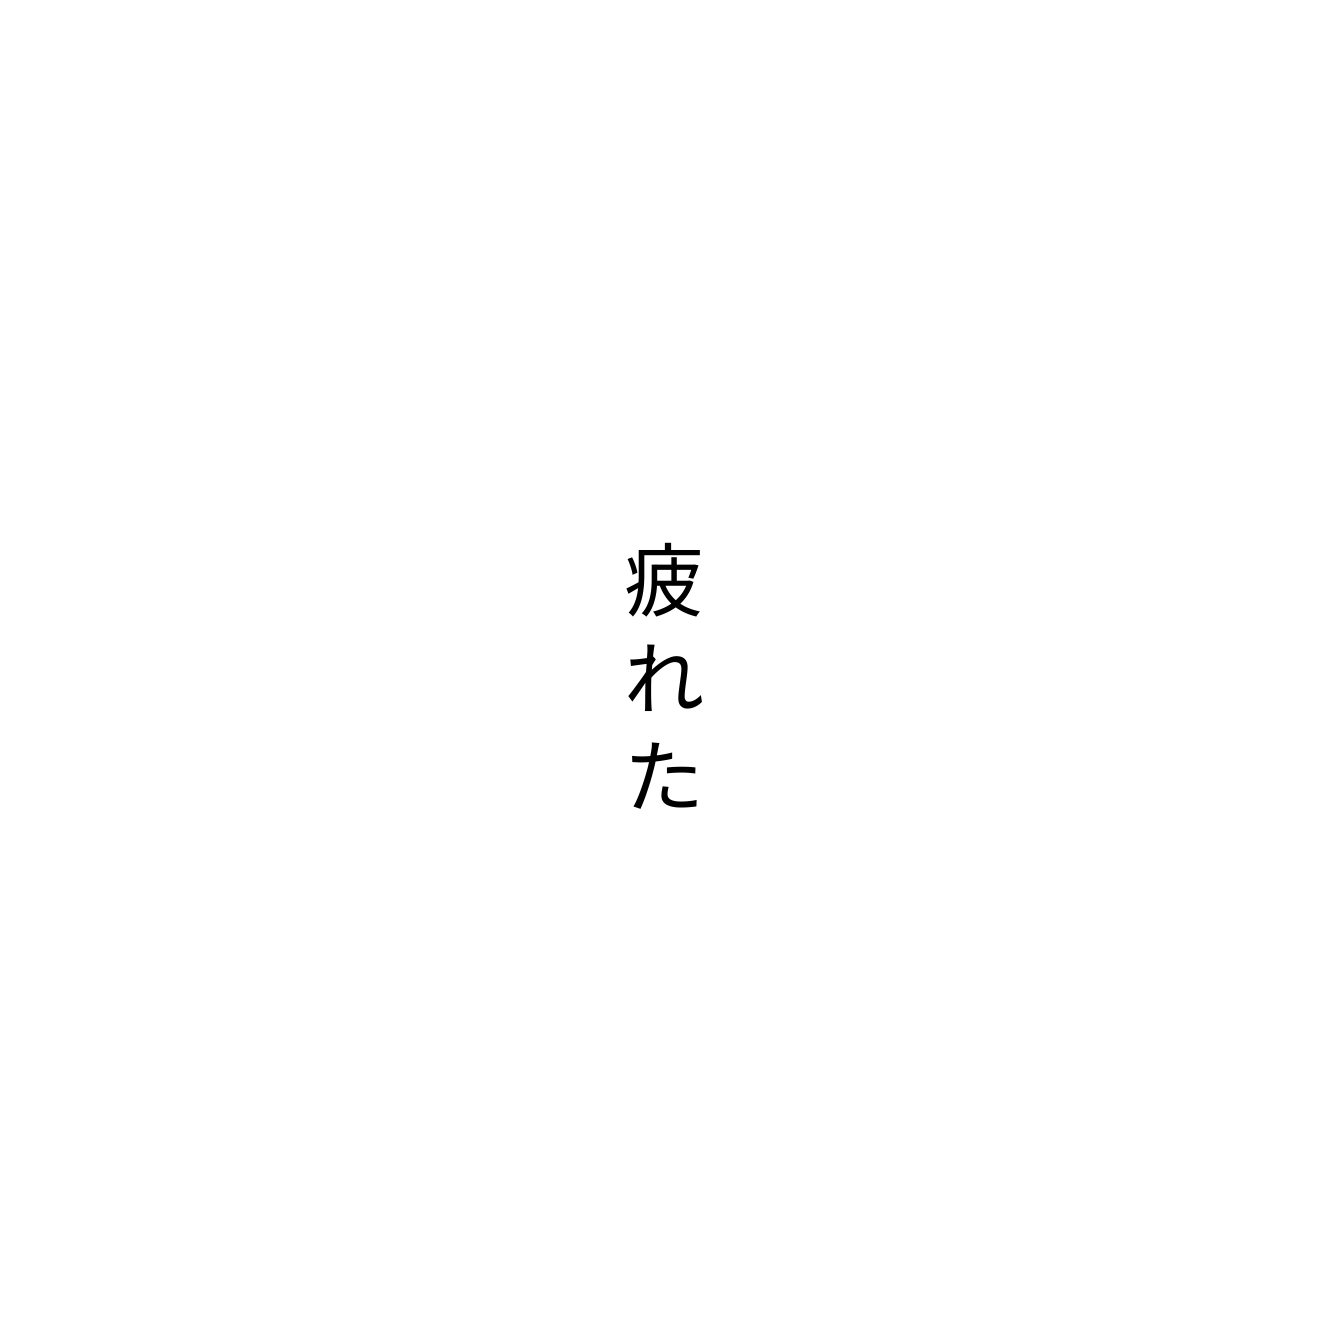
疲れた